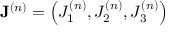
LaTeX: \mathbf { J } ^ { ( n ) } = \left( J _ { 1 } ^ { ( n ) } , J _ { 2 } ^ { ( n ) } , J _ { 3 } ^ { ( n ) } \right)